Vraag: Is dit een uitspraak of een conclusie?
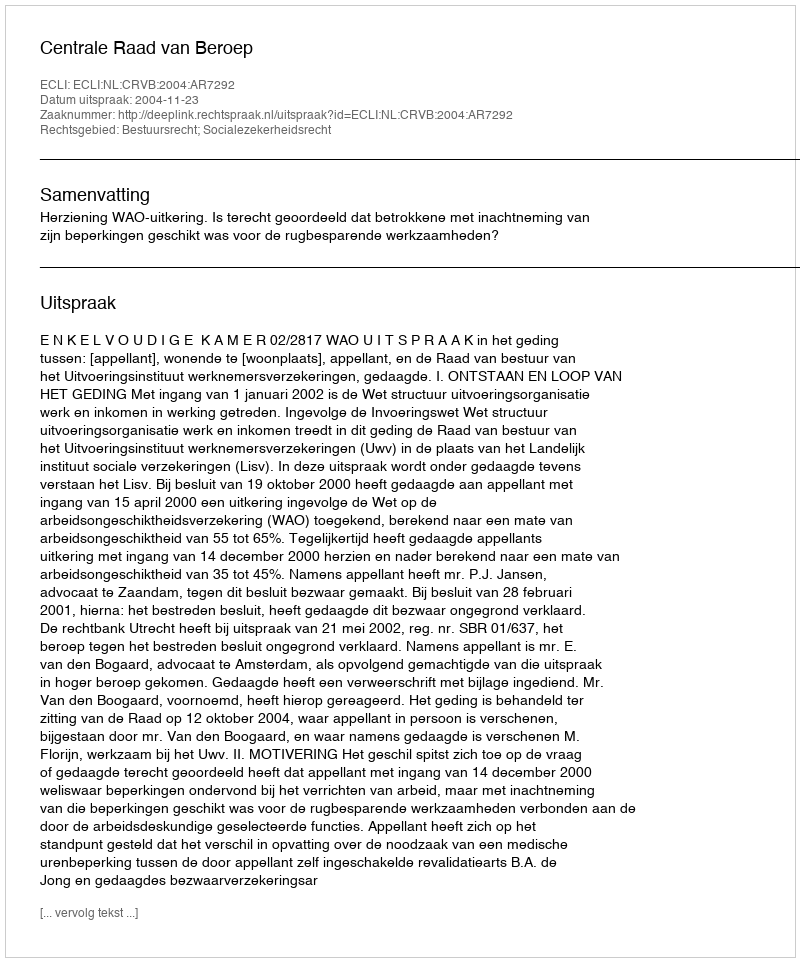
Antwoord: Uitspraak